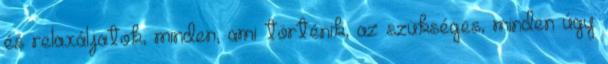
és relaxáljatok, minden, ami történik, az szükséges, minden úgy